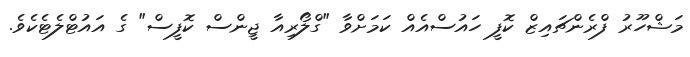
މަޝްހޫރު ފްރެންޗައިޒް ކޮފީ ހައުސްއެއް ކަމަށްވާ "ގްލޯރިއާ ޖީންސް ކޮފީސް" ގެ އައުޓްލެޓެކެވެ.